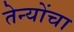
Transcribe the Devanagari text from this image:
तेन्योंचा